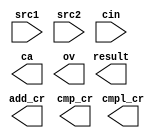
module ALU (
  input      [31:0]   src1,
  input      [31:0]   src2,
  input      [0:0]    cin,
  output     [31:0]   result,
  output     [1:0]    add_cr,
  output     [1:0]    cmp_cr,
  output     [1:0]    cmpl_cr,
  output              ca,
  output              ov
);
endmodule